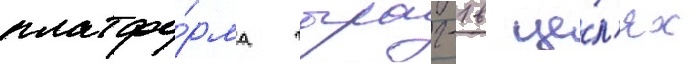
платфо́рма чыраг-1 в це́л'ях